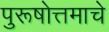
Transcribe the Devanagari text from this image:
पुरूषोत्तमाचे